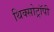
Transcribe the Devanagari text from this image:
थिक्सोट्रॉपी